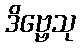
ဒိဗ္ဗေသု